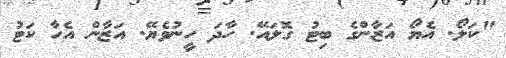
"ކަލޯ. އެޔޯ އަޒާންގެ ބިޓު ގޮލައޭ. ހާދަ ހީނުވެޔޭ. އަޒާން އެހާ ކަޓު